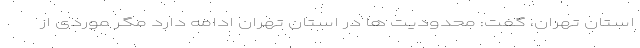
استان تهران، گفت: محدودیت ها در استان تهران ادامه دارد مگر موردی از